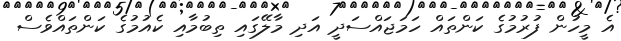
އެ މީހުން ފުރުމުގެ ކަންތައް ހަމަޖައްސަދީ އަދި މާލޭގައި ތިބުމާއި ކެއުމުގެ ކަންތައްވެސް